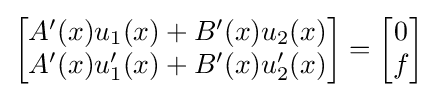
{\begin{bmatrix}A'(x)u_{1}(x)+B'(x)u_{2}(x)\\A'(x)u_{1}'(x)+B'(x)u_{2}'(x)\end{bmatrix}}={\begin{bmatrix}0\\f\end{bmatrix}}